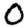
Digit: 0